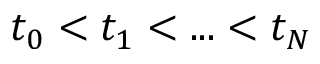
t _ { 0 } < t _ { 1 } < . . . < t _ { N }